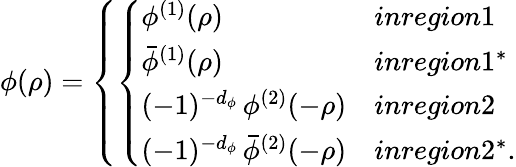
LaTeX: \phi(\rho)=\left\{ \left\{ \begin{array}{ll}{{\phi^{(1)}(\rho)}}&{{inregion1}}\\ {{\bar{\phi}^{(1)}(\rho)}}&{{inregion1^{*}}}\\ {{(-1)^{-d_{\phi}}\, \phi^{(2)}(-\rho)}}&{{inregion2}}\\ {{(-1)^{-d_{\phi}}\, \bar{\phi}^{(2)}(-\rho)}}&{{inregion2^{*}.}}\end{array}\right.\right.